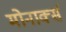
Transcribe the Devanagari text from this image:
मोनार्क्स